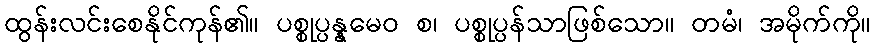
ထွန်းလင်းစေနိုင်ကုန်၏။ ပစ္စုပ္ပန္နမေဝ စ၊ ပစ္စုပ္ပန်သာဖြစ်သော။ တမံ၊ အမိုက်ကို။